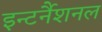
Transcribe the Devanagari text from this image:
इन्टर्नैशनल